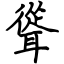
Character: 聳